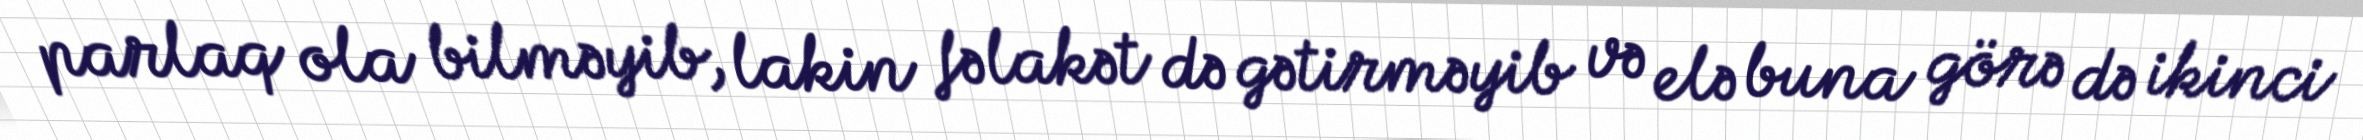
parlaq ola bilməyib, lakin fəlakət də gətirməyib və elə buna görə də ikinci